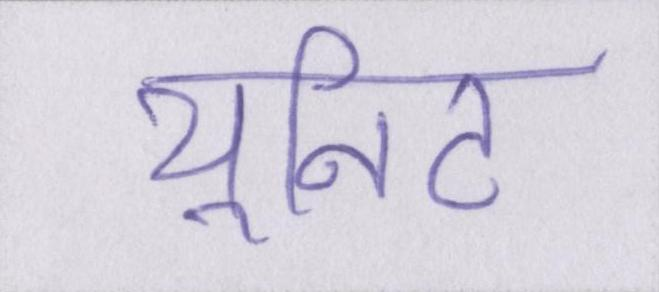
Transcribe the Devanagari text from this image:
यूनिट